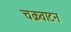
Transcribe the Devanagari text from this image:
चक्रवाटन